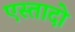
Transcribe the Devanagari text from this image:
एस्तादो